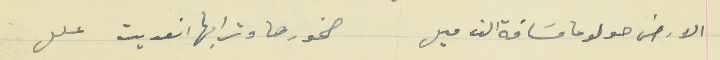
الارض حولو عا مسَافة الف ميل                                     صخورها وترابها انعديت علل